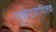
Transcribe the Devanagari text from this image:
मुकुटतादितक